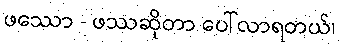
ဖဿော - ဖဿဆိုတာ ပေါ်လာရတယ်၊